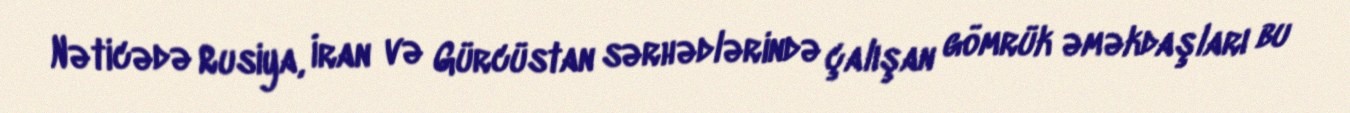
Nəticədə Rusiya, İran və Gürcüstan sərhədlərində çalışan gömrük əməkdaşları bu